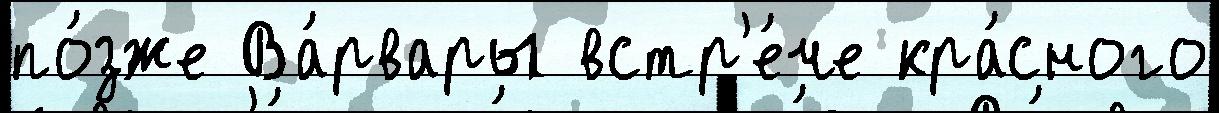
по́зже Ва́рвары встр'е́че кра́сного